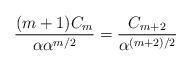
LaTeX: \begin{align*} \frac{(m + 1)C_m}{\alpha \alpha^{m/2}} = \frac{C_{m + 2}}{\alpha^{(m + 2)/2}} \end{align*}